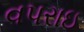
વપરાઇ